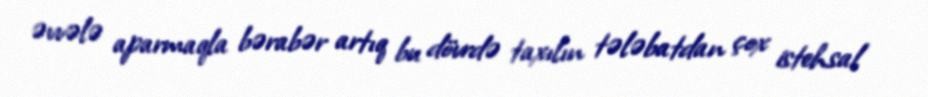
əvvələ aparmaqla bərabər artıq bu dövrdə taxılın tələbatdan çox istehsal